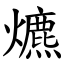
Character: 爊